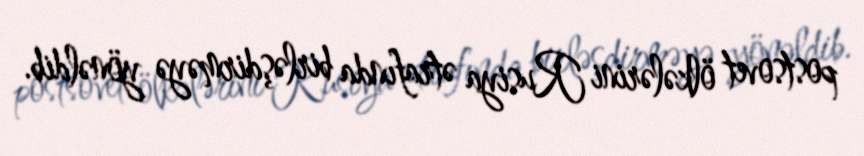
postsovet ölkələrini Rusiya ətrafında birləşdirməyə yönəldib.